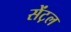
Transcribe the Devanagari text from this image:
सेंट़ल